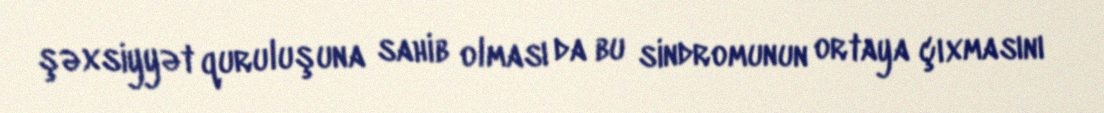
şəxsiyyət quruluşuna sahib olması da bu sindromunun ortaya çıxmasını